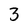
Character: 3